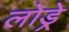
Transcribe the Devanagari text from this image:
लोड्रे